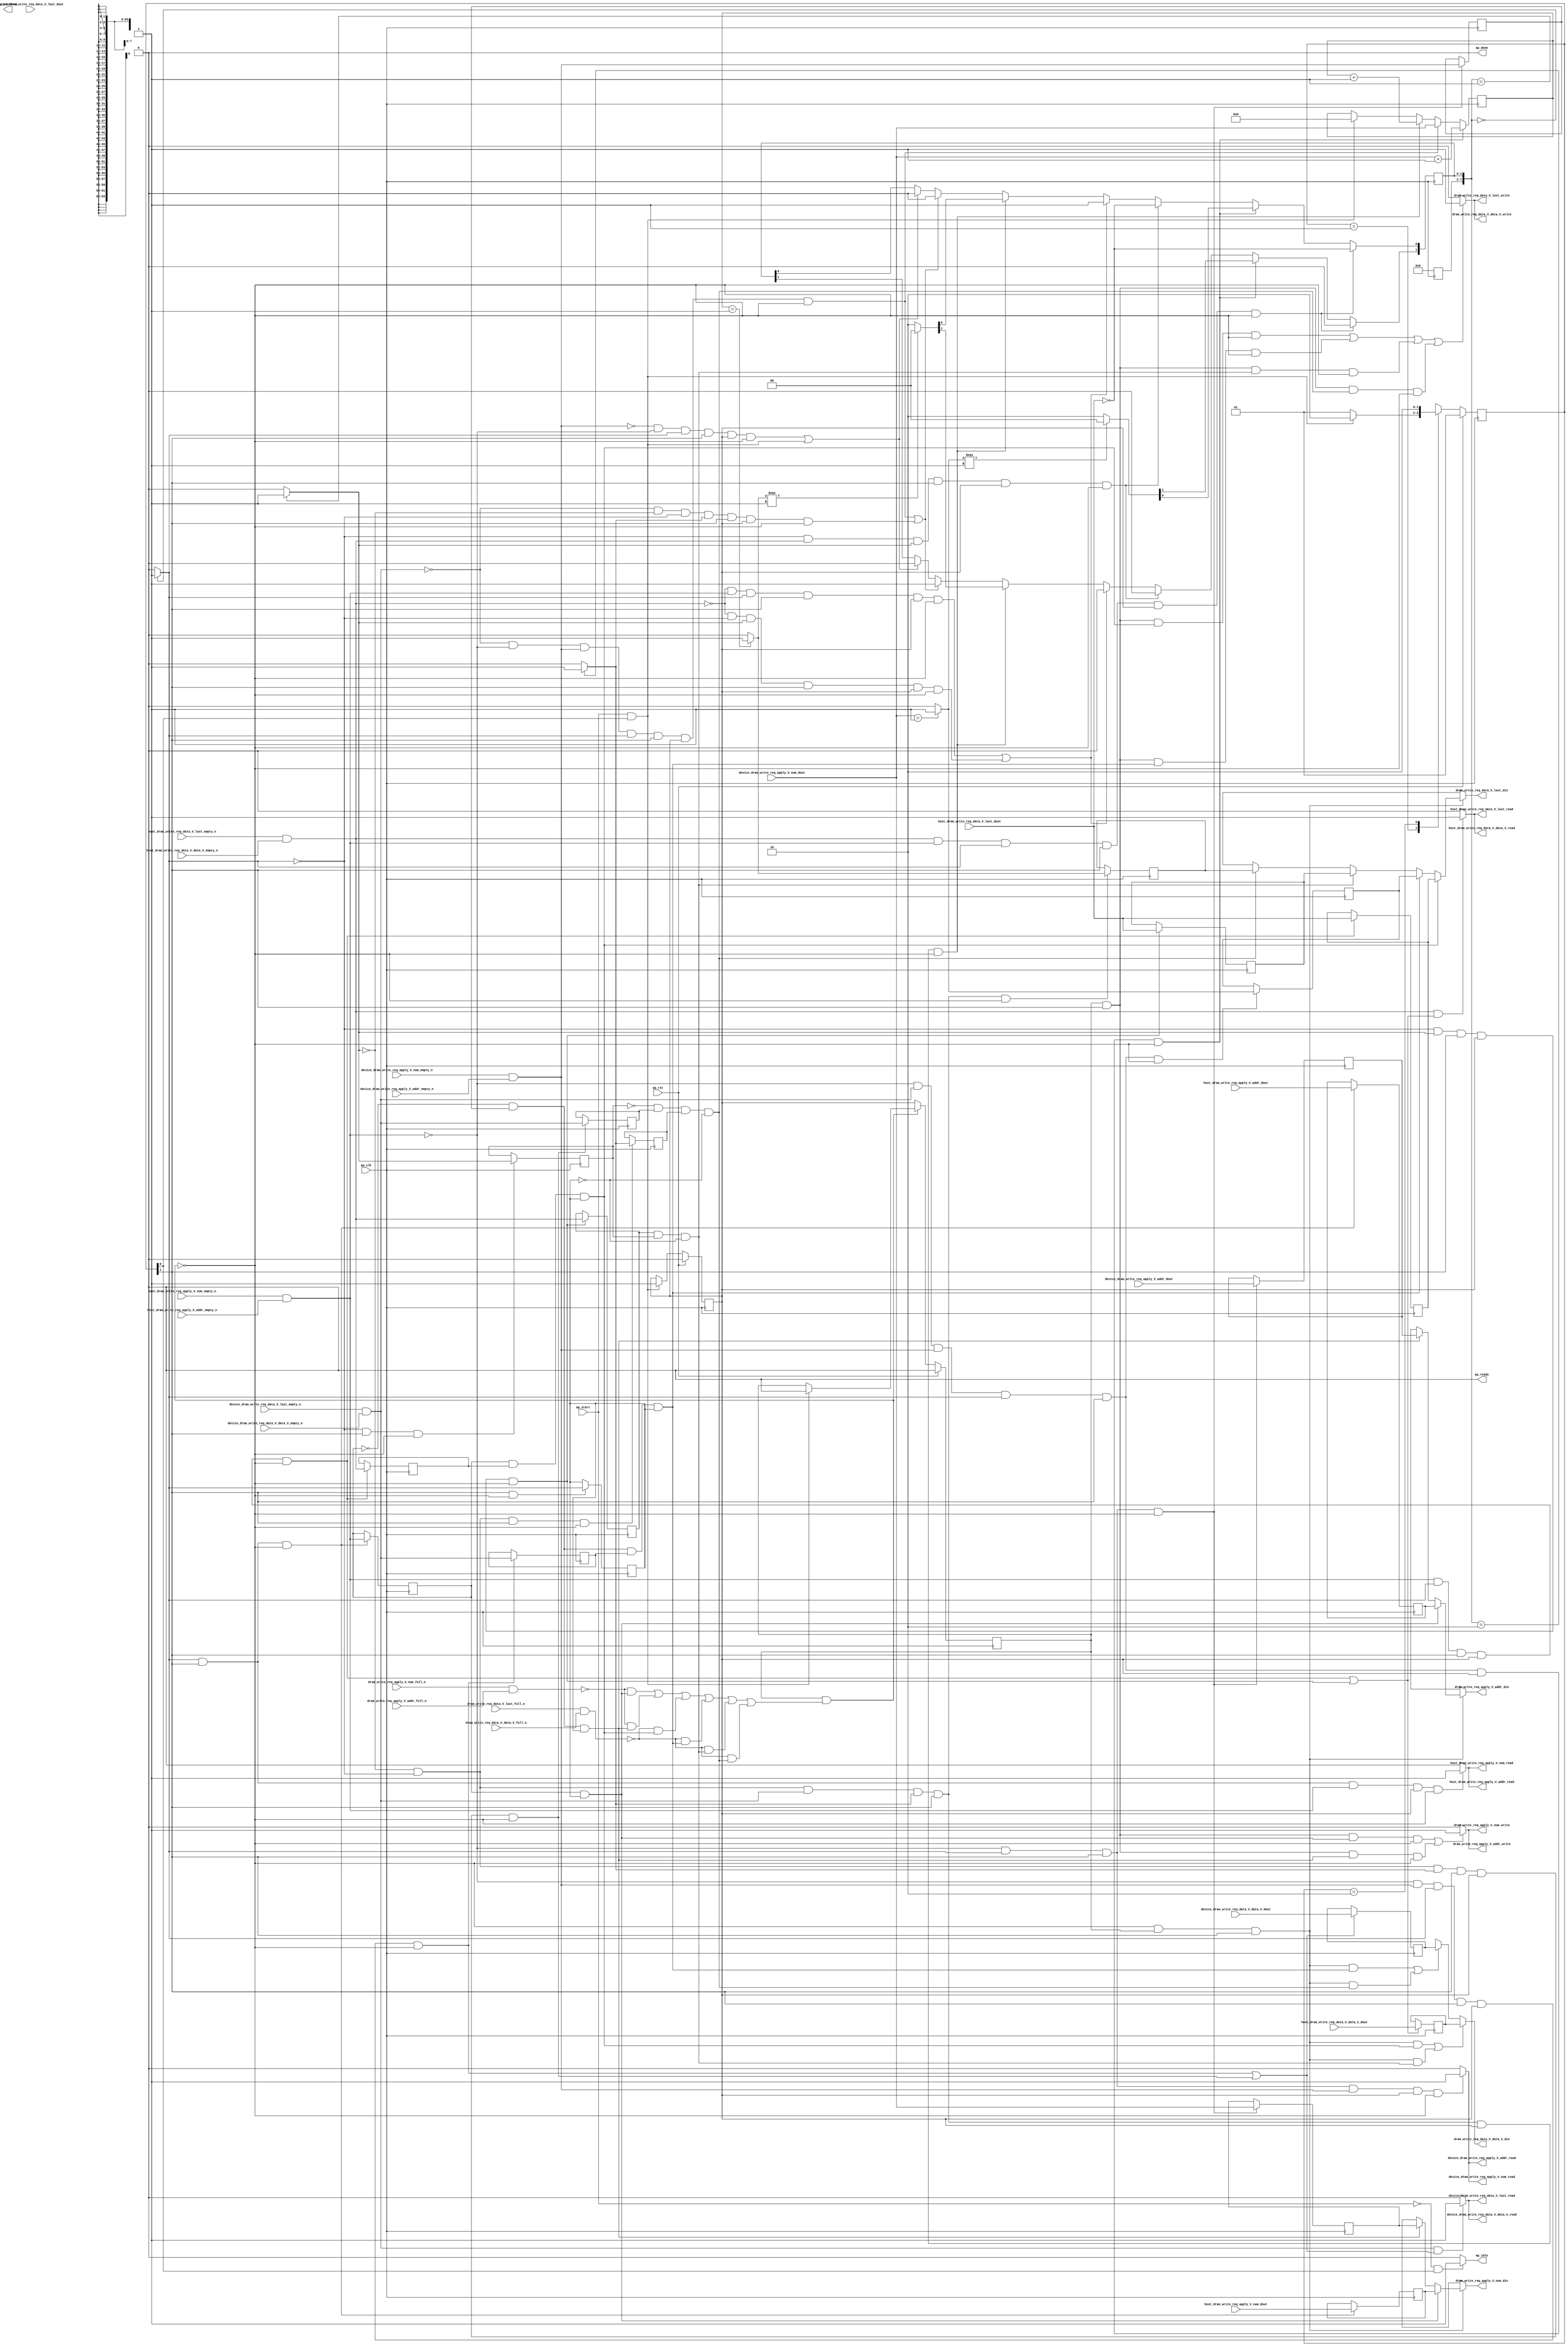
// This program was cloned from: https://github.com/zainryan/INSIDER-System
// License: MIT License

// ==============================================================
// RTL generated by Vivado(TM) HLS - High-Level Synthesis from C, C++ and SystemC
// Version: 2017.4.op
// Copyright (C) 1986-2018 Xilinx, Inc. All Rights Reserved.
// 
// ===========================================================

`timescale 1 ns / 1 ps 

(* CORE_GENERATION_INFO="dram_write_mux,hls_ip_2017_4_op,{HLS_INPUT_TYPE=cxx,HLS_INPUT_FLOAT=0,HLS_INPUT_FIXED=0,HLS_INPUT_PART=xcvu9p-flgb2104-2-i,HLS_INPUT_CLOCK=4.000000,HLS_INPUT_ARCH=others,HLS_SYN_CLOCK=3.143800,HLS_SYN_LAT=-1,HLS_SYN_TPT=none,HLS_SYN_MEM=0,HLS_SYN_DSP=0,HLS_SYN_FF=1195,HLS_SYN_LUT=433}" *)

module dram_write_mux (
        ap_clk,
        ap_rst,
        ap_start,
        ap_done,
ap_continue,
        ap_idle,
        ap_ready,
        dram_write_req_apply_V_num_din,
        dram_write_req_apply_V_num_full_n,
        dram_write_req_apply_V_num_write,
        dram_write_req_apply_V_addr_din,
        dram_write_req_apply_V_addr_full_n,
        dram_write_req_apply_V_addr_write,
        dram_write_req_data_V_last_din,
        dram_write_req_data_V_last_full_n,
        dram_write_req_data_V_last_write,
        dram_write_req_data_V_data_V_din,
        dram_write_req_data_V_data_V_full_n,
        dram_write_req_data_V_data_V_write,
        host_dram_write_req_apply_V_num_dout,
        host_dram_write_req_apply_V_num_empty_n,
        host_dram_write_req_apply_V_num_read,
        host_dram_write_req_apply_V_addr_dout,
        host_dram_write_req_apply_V_addr_empty_n,
        host_dram_write_req_apply_V_addr_read,
        host_dram_write_req_data_V_last_dout,
        host_dram_write_req_data_V_last_empty_n,
        host_dram_write_req_data_V_last_read,
        host_dram_write_req_data_V_data_V_dout,
        host_dram_write_req_data_V_data_V_empty_n,
        host_dram_write_req_data_V_data_V_read,
        device_dram_write_req_apply_V_num_dout,
        device_dram_write_req_apply_V_num_empty_n,
        device_dram_write_req_apply_V_num_read,
        device_dram_write_req_apply_V_addr_dout,
        device_dram_write_req_apply_V_addr_empty_n,
        device_dram_write_req_apply_V_addr_read,
        device_dram_write_req_data_V_last_dout,
        device_dram_write_req_data_V_last_empty_n,
        device_dram_write_req_data_V_last_read,
        device_dram_write_req_data_V_data_V_dout,
        device_dram_write_req_data_V_data_V_empty_n,
        device_dram_write_req_data_V_data_V_read
);

parameter    ap_ST_fsm_state1 = 2'd1;
parameter    ap_ST_fsm_pp0_stage0 = 2'd2;

input   ap_clk;
input   ap_rst;
input   ap_start;
output   ap_done;
output   ap_idle;
output ap_ready; output ap_continue;
output  [7:0] dram_write_req_apply_V_num_din;
input   dram_write_req_apply_V_num_full_n;
output   dram_write_req_apply_V_num_write;
output  [63:0] dram_write_req_apply_V_addr_din;
input   dram_write_req_apply_V_addr_full_n;
output   dram_write_req_apply_V_addr_write;
output   dram_write_req_data_V_last_din;
input   dram_write_req_data_V_last_full_n;
output   dram_write_req_data_V_last_write;
output  [511:0] dram_write_req_data_V_data_V_din;
input   dram_write_req_data_V_data_V_full_n;
output   dram_write_req_data_V_data_V_write;
input  [7:0] host_dram_write_req_apply_V_num_dout;
input   host_dram_write_req_apply_V_num_empty_n;
output   host_dram_write_req_apply_V_num_read;
input  [63:0] host_dram_write_req_apply_V_addr_dout;
input   host_dram_write_req_apply_V_addr_empty_n;
output   host_dram_write_req_apply_V_addr_read;
input   host_dram_write_req_data_V_last_dout;
input   host_dram_write_req_data_V_last_empty_n;
output   host_dram_write_req_data_V_last_read;
input  [511:0] host_dram_write_req_data_V_data_V_dout;
input   host_dram_write_req_data_V_data_V_empty_n;
output   host_dram_write_req_data_V_data_V_read;
input  [7:0] device_dram_write_req_apply_V_num_dout;
input   device_dram_write_req_apply_V_num_empty_n;
output   device_dram_write_req_apply_V_num_read;
input  [63:0] device_dram_write_req_apply_V_addr_dout;
input   device_dram_write_req_apply_V_addr_empty_n;
output   device_dram_write_req_apply_V_addr_read;
input   device_dram_write_req_data_V_last_dout;
input   device_dram_write_req_data_V_last_empty_n;
output   device_dram_write_req_data_V_last_read;
input  [511:0] device_dram_write_req_data_V_data_V_dout;
input   device_dram_write_req_data_V_data_V_empty_n;
output   device_dram_write_req_data_V_data_V_read;

reg ap_idle;
reg[7:0] dram_write_req_apply_V_num_din;
reg[63:0] dram_write_req_apply_V_addr_din;
reg dram_write_req_data_V_last_din;
reg[511:0] dram_write_req_data_V_data_V_din;

(* fsm_encoding = "none" *) reg   [1:0] ap_CS_fsm;
wire    ap_CS_fsm_state1;
reg    dram_write_req_apply_V_num_blk_n;
wire    ap_CS_fsm_pp0_stage0;
reg    ap_enable_reg_pp0_iter1;
wire    ap_block_pp0_stage0;
reg   [0:0] tmp_reg_484;
reg   [0:0] empty_n_6_reg_514;
reg   [0:0] empty_n_8_reg_528;
reg    dram_write_req_apply_V_addr_blk_n;
reg    dram_write_req_data_V_last_blk_n;
reg   [0:0] empty_n_7_reg_551;
reg   [0:0] empty_n_10_reg_542;
reg   [0:0] tmp_6_reg_488;
reg   [0:0] empty_n_9_reg_505;
reg   [0:0] tmp_9_reg_492;
reg   [0:0] empty_n_11_reg_496;
reg    dram_write_req_data_V_data_V_blk_n;
reg   [511:0] reg_317;
reg    ap_enable_reg_pp0_iter0;
wire    ap_block_state2_pp0_stage0_iter0;
wire    dram_write_req_data_V_last1_status;
reg    ap_predicate_op103_write_state3;
reg    ap_predicate_op104_write_state3;
wire    dram_write_req_apply_V_num1_status;
reg    ap_predicate_op105_write_state3;
reg    ap_predicate_op106_write_state3;
reg    ap_predicate_op107_write_state3;
reg    ap_predicate_op108_write_state3;
reg    ap_block_state3_pp0_stage0_iter1;
reg    ap_block_pp0_stage0_11001;
wire   [0:0] tmp_fu_335_p2;
wire   [0:0] tmp_6_fu_341_p2;
wire   [0:0] tmp_9_fu_347_p2;
wire   [0:0] empty_n_6_fu_395_p1;
wire   [0:0] empty_n_8_fu_407_p1;
reg   [511:0] reg_322;
wire   [0:0] grp_fu_281_p1;
wire   [0:0] tmp_last_3_fu_356_p2;
reg   [0:0] tmp_last_3_reg_500;
wire   [0:0] grp_fu_294_p1;
reg   [0:0] tmp_last_1_reg_509;
reg   [7:0] tmp_num_reg_518;
reg   [63:0] tmp_addr_reg_523;
reg   [7:0] tmp_num_3_reg_532;
reg   [63:0] tmp_addr_2_reg_537;
wire   [0:0] tmp_last_2_fu_424_p2;
reg   [0:0] tmp_last_2_reg_546;
reg   [0:0] tmp_last_reg_555;
reg    ap_block_pp0_stage0_subdone;
reg    device_dram_write_req_data_V_last0_update;
wire   [0:0] grp_nbread_fu_224_p3_0;
reg    host_dram_write_req_data_V_last0_update;
wire   [0:0] grp_nbread_fu_232_p3_0;
reg    host_dram_write_req_apply_V_num0_update;
wire   [0:0] empty_n_nbread_fu_240_p3_0;
reg    device_dram_write_req_apply_V_num0_update;
wire   [0:0] empty_n_1_nbread_fu_248_p3_0;
reg    dram_write_req_data_V_last1_update;
reg    ap_block_pp0_stage0_01001;
reg    dram_write_req_apply_V_num1_update;
reg   [7:0] pending_flits_read_assign_1_fu_216;
wire   [7:0] tmp_2_i1_fu_362_p2;
wire   [7:0] tmp_2_i_fu_430_p2;
reg   [7:0] state_fu_220;
wire   [7:0] phitmp_i3_cast_cast_fu_368_p3;
wire   [7:0] phitmp_i1_cast_fu_386_p1;
wire   [7:0] phitmp_i2_cast_cast_fu_436_p3;
wire   [7:0] phitmp_i_cast_fu_454_p1;
wire   [0:0] grp_fu_311_p0;
wire   [0:0] grp_fu_311_p2;
reg   [1:0] ap_NS_fsm;
reg    ap_idle_pp0;
wire    ap_enable_pp0;
reg    ap_condition_275;

// power-on initialization
initial begin
#0 ap_CS_fsm = 2'd1;
#0 ap_enable_reg_pp0_iter1 = 1'b0;
#0 ap_enable_reg_pp0_iter0 = 1'b0;
end

always @ (posedge ap_clk) begin
    if (ap_rst == 1'b1) begin
        ap_CS_fsm <= ap_ST_fsm_state1;
    end else begin
        ap_CS_fsm <= ap_NS_fsm;
    end
end

always @ (posedge ap_clk) begin
    if (ap_rst == 1'b1) begin
        ap_enable_reg_pp0_iter0 <= 1'b0;
    end else begin
        if (((ap_start == 1'b1) & (1'b1 == ap_CS_fsm_state1))) begin
            ap_enable_reg_pp0_iter0 <= 1'b1;
        end
    end
end

always @ (posedge ap_clk) begin
    if (ap_rst == 1'b1) begin
        ap_enable_reg_pp0_iter1 <= 1'b0;
    end else begin
        if ((1'b0 == ap_block_pp0_stage0_subdone)) begin
            ap_enable_reg_pp0_iter1 <= ap_enable_reg_pp0_iter0;
        end else if (((ap_start == 1'b1) & (1'b1 == ap_CS_fsm_state1))) begin
            ap_enable_reg_pp0_iter1 <= 1'b0;
        end
    end
end

always @ (posedge ap_clk) begin
    if (((empty_n_6_fu_395_p1 == 1'd0) & (grp_fu_281_p1 == 1'd1) & (empty_n_8_fu_407_p1 == 1'd1) & (tmp_fu_335_p2 == 1'd1) & (1'b1 == ap_CS_fsm_pp0_stage0) & (ap_enable_reg_pp0_iter0 == 1'b1) & (1'b0 == ap_block_pp0_stage0_11001))) begin
        pending_flits_read_assign_1_fu_216 <= tmp_2_i_fu_430_p2;
    end else if (((grp_fu_281_p1 == 1'd0) & (empty_n_6_fu_395_p1 == 1'd0) & (empty_n_8_fu_407_p1 == 1'd1) & (tmp_fu_335_p2 == 1'd1) & (1'b1 == ap_CS_fsm_pp0_stage0) & (ap_enable_reg_pp0_iter0 == 1'b1) & (1'b0 == ap_block_pp0_stage0_11001))) begin
        pending_flits_read_assign_1_fu_216 <= device_dram_write_req_apply_V_num_dout;
    end else if (((tmp_6_fu_341_p2 == 1'd0) & (tmp_fu_335_p2 == 1'd0) & (grp_fu_281_p1 == 1'd1) & (tmp_9_fu_347_p2 == 1'd1) & (1'b1 == ap_CS_fsm_pp0_stage0) & (ap_enable_reg_pp0_iter0 == 1'b1) & (1'b0 == ap_block_pp0_stage0_11001))) begin
        pending_flits_read_assign_1_fu_216 <= tmp_2_i1_fu_362_p2;
    end else if (((ap_start == 1'b1) & (1'b1 == ap_CS_fsm_state1))) begin
        pending_flits_read_assign_1_fu_216 <= 8'd0;
    end
end

always @ (posedge ap_clk) begin
    if (((grp_fu_294_p1 == 1'd1) & (empty_n_6_fu_395_p1 == 1'd1) & (tmp_fu_335_p2 == 1'd1) & (1'b1 == ap_CS_fsm_pp0_stage0) & (ap_enable_reg_pp0_iter0 == 1'b1) & (1'b0 == ap_block_pp0_stage0_11001))) begin
                state_fu_220[1 : 0] <= phitmp_i_cast_fu_454_p1[1 : 0];
    end else if (((empty_n_6_fu_395_p1 == 1'd0) & (grp_fu_281_p1 == 1'd1) & (empty_n_8_fu_407_p1 == 1'd1) & (tmp_fu_335_p2 == 1'd1) & (1'b1 == ap_CS_fsm_pp0_stage0) & (ap_enable_reg_pp0_iter0 == 1'b1) & (1'b0 == ap_block_pp0_stage0_11001))) begin
                state_fu_220[1 : 0] <= phitmp_i2_cast_cast_fu_436_p3[1 : 0];
    end else if (((tmp_fu_335_p2 == 1'd0) & (grp_fu_294_p1 == 1'd1) & (tmp_6_fu_341_p2 == 1'd1) & (1'b1 == ap_CS_fsm_pp0_stage0) & (ap_enable_reg_pp0_iter0 == 1'b1) & (1'b0 == ap_block_pp0_stage0_11001))) begin
                state_fu_220[1 : 0] <= phitmp_i1_cast_fu_386_p1[1 : 0];
    end else if ((((grp_fu_294_p1 == 1'd0) & (empty_n_6_fu_395_p1 == 1'd1) & (tmp_fu_335_p2 == 1'd1) & (1'b1 == ap_CS_fsm_pp0_stage0) & (ap_enable_reg_pp0_iter0 == 1'b1) & (1'b0 == ap_block_pp0_stage0_11001)) | ((grp_fu_294_p1 == 1'd0) & (tmp_fu_335_p2 == 1'd0) & (tmp_6_fu_341_p2 == 1'd1) & (1'b1 == ap_CS_fsm_pp0_stage0) & (ap_enable_reg_pp0_iter0 == 1'b1) & (1'b0 == ap_block_pp0_stage0_11001)))) begin
                state_fu_220[0] <= 1'b1;
        state_fu_220[1] <= 1'b0;
    end else if (((tmp_6_fu_341_p2 == 1'd0) & (tmp_fu_335_p2 == 1'd0) & (grp_fu_281_p1 == 1'd1) & (tmp_9_fu_347_p2 == 1'd1) & (1'b1 == ap_CS_fsm_pp0_stage0) & (ap_enable_reg_pp0_iter0 == 1'b1) & (1'b0 == ap_block_pp0_stage0_11001))) begin
                state_fu_220[1 : 0] <= phitmp_i3_cast_cast_fu_368_p3[1 : 0];
    end else if ((((grp_fu_281_p1 == 1'd0) & (empty_n_6_fu_395_p1 == 1'd0) & (empty_n_8_fu_407_p1 == 1'd1) & (tmp_fu_335_p2 == 1'd1) & (1'b1 == ap_CS_fsm_pp0_stage0) & (ap_enable_reg_pp0_iter0 == 1'b1) & (1'b0 == ap_block_pp0_stage0_11001)) | ((grp_fu_281_p1 == 1'd0) & (tmp_6_fu_341_p2 == 1'd0) & (tmp_fu_335_p2 == 1'd0) & (tmp_9_fu_347_p2 == 1'd1) & (1'b1 == ap_CS_fsm_pp0_stage0) & (ap_enable_reg_pp0_iter0 == 1'b1) & (1'b0 == ap_block_pp0_stage0_11001)))) begin
                state_fu_220[0] <= 1'b0;
        state_fu_220[1] <= 1'b1;
    end else if ((((empty_n_8_fu_407_p1 == 1'd0) & (empty_n_6_fu_395_p1 == 1'd0) & (tmp_fu_335_p2 == 1'd1) & (1'b1 == ap_CS_fsm_pp0_stage0) & (ap_enable_reg_pp0_iter0 == 1'b1) & (1'b0 == ap_block_pp0_stage0_11001)) | ((ap_start == 1'b1) & (1'b1 == ap_CS_fsm_state1)))) begin
                state_fu_220[0] <= 1'b0;
        state_fu_220[1] <= 1'b0;
    end
end

always @ (posedge ap_clk) begin
    if (((empty_n_6_fu_395_p1 == 1'd0) & (empty_n_8_fu_407_p1 == 1'd1) & (tmp_fu_335_p2 == 1'd1) & (1'b1 == ap_CS_fsm_pp0_stage0) & (ap_enable_reg_pp0_iter0 == 1'b1) & (1'b0 == ap_block_pp0_stage0_11001))) begin
        empty_n_10_reg_542 <= grp_nbread_fu_224_p3_0;
    end
end

always @ (posedge ap_clk) begin
    if (((tmp_6_fu_341_p2 == 1'd0) & (tmp_fu_335_p2 == 1'd0) & (tmp_9_fu_347_p2 == 1'd1) & (1'b1 == ap_CS_fsm_pp0_stage0) & (ap_enable_reg_pp0_iter0 == 1'b1) & (1'b0 == ap_block_pp0_stage0_11001))) begin
        empty_n_11_reg_496 <= grp_nbread_fu_224_p3_0;
    end
end

always @ (posedge ap_clk) begin
    if (((tmp_fu_335_p2 == 1'd1) & (1'b1 == ap_CS_fsm_pp0_stage0) & (1'b0 == ap_block_pp0_stage0_11001))) begin
        empty_n_6_reg_514 <= empty_n_nbread_fu_240_p3_0;
        tmp_addr_reg_523 <= host_dram_write_req_apply_V_addr_dout;
        tmp_num_reg_518 <= host_dram_write_req_apply_V_num_dout;
    end
end

always @ (posedge ap_clk) begin
    if (((empty_n_6_fu_395_p1 == 1'd1) & (tmp_fu_335_p2 == 1'd1) & (1'b1 == ap_CS_fsm_pp0_stage0) & (ap_enable_reg_pp0_iter0 == 1'b1) & (1'b0 == ap_block_pp0_stage0_11001))) begin
        empty_n_7_reg_551 <= grp_nbread_fu_232_p3_0;
        tmp_last_reg_555 <= host_dram_write_req_data_V_last_dout;
    end
end

always @ (posedge ap_clk) begin
    if (((empty_n_6_fu_395_p1 == 1'd0) & (tmp_fu_335_p2 == 1'd1) & (1'b1 == ap_CS_fsm_pp0_stage0) & (1'b0 == ap_block_pp0_stage0_11001))) begin
        empty_n_8_reg_528 <= empty_n_1_nbread_fu_248_p3_0;
        tmp_addr_2_reg_537 <= device_dram_write_req_apply_V_addr_dout;
        tmp_num_3_reg_532 <= device_dram_write_req_apply_V_num_dout;
    end
end

always @ (posedge ap_clk) begin
    if (((tmp_fu_335_p2 == 1'd0) & (tmp_6_fu_341_p2 == 1'd1) & (1'b1 == ap_CS_fsm_pp0_stage0) & (ap_enable_reg_pp0_iter0 == 1'b1) & (1'b0 == ap_block_pp0_stage0_11001))) begin
        empty_n_9_reg_505 <= grp_nbread_fu_232_p3_0;
        tmp_last_1_reg_509 <= host_dram_write_req_data_V_last_dout;
    end
end

always @ (posedge ap_clk) begin
    if ((((empty_n_6_fu_395_p1 == 1'd0) & (empty_n_8_fu_407_p1 == 1'd1) & (tmp_fu_335_p2 == 1'd1) & (1'b1 == ap_CS_fsm_pp0_stage0) & (ap_enable_reg_pp0_iter0 == 1'b1) & (1'b0 == ap_block_pp0_stage0_11001)) | ((tmp_6_fu_341_p2 == 1'd0) & (tmp_fu_335_p2 == 1'd0) & (tmp_9_fu_347_p2 == 1'd1) & (1'b1 == ap_CS_fsm_pp0_stage0) & (ap_enable_reg_pp0_iter0 == 1'b1) & (1'b0 == ap_block_pp0_stage0_11001)))) begin
        reg_317 <= device_dram_write_req_data_V_data_V_dout;
    end
end

always @ (posedge ap_clk) begin
    if ((((empty_n_6_fu_395_p1 == 1'd1) & (tmp_fu_335_p2 == 1'd1) & (1'b1 == ap_CS_fsm_pp0_stage0) & (ap_enable_reg_pp0_iter0 == 1'b1) & (1'b0 == ap_block_pp0_stage0_11001)) | ((tmp_fu_335_p2 == 1'd0) & (tmp_6_fu_341_p2 == 1'd1) & (1'b1 == ap_CS_fsm_pp0_stage0) & (ap_enable_reg_pp0_iter0 == 1'b1) & (1'b0 == ap_block_pp0_stage0_11001)))) begin
        reg_322 <= host_dram_write_req_data_V_data_V_dout;
    end
end

always @ (posedge ap_clk) begin
    if (((tmp_fu_335_p2 == 1'd0) & (1'b1 == ap_CS_fsm_pp0_stage0) & (1'b0 == ap_block_pp0_stage0_11001))) begin
        tmp_6_reg_488 <= tmp_6_fu_341_p2;
    end
end

always @ (posedge ap_clk) begin
    if (((tmp_6_fu_341_p2 == 1'd0) & (tmp_fu_335_p2 == 1'd0) & (1'b1 == ap_CS_fsm_pp0_stage0) & (1'b0 == ap_block_pp0_stage0_11001))) begin
        tmp_9_reg_492 <= tmp_9_fu_347_p2;
    end
end

always @ (posedge ap_clk) begin
    if (((empty_n_6_fu_395_p1 == 1'd0) & (grp_fu_281_p1 == 1'd1) & (empty_n_8_fu_407_p1 == 1'd1) & (tmp_fu_335_p2 == 1'd1) & (1'b1 == ap_CS_fsm_pp0_stage0) & (1'b0 == ap_block_pp0_stage0_11001))) begin
        tmp_last_2_reg_546 <= tmp_last_2_fu_424_p2;
    end
end

always @ (posedge ap_clk) begin
    if (((tmp_6_fu_341_p2 == 1'd0) & (tmp_fu_335_p2 == 1'd0) & (grp_fu_281_p1 == 1'd1) & (tmp_9_fu_347_p2 == 1'd1) & (1'b1 == ap_CS_fsm_pp0_stage0) & (1'b0 == ap_block_pp0_stage0_11001))) begin
        tmp_last_3_reg_500 <= tmp_last_3_fu_356_p2;
    end
end

always @ (posedge ap_clk) begin
    if (((1'b1 == ap_CS_fsm_pp0_stage0) & (1'b0 == ap_block_pp0_stage0_11001))) begin
        tmp_reg_484 <= tmp_fu_335_p2;
    end
end

always @ (*) begin
    if (((ap_start == 1'b0) & (1'b1 == ap_CS_fsm_state1))) begin
        ap_idle = 1'b1;
    end else begin
        ap_idle = 1'b0;
    end
end

always @ (*) begin
    if (((ap_enable_reg_pp0_iter1 == 1'b0) & (ap_enable_reg_pp0_iter0 == 1'b0))) begin
        ap_idle_pp0 = 1'b1;
    end else begin
        ap_idle_pp0 = 1'b0;
    end
end

always @ (*) begin
    if (((empty_n_6_fu_395_p1 == 1'd0) & (tmp_fu_335_p2 == 1'd1) & (1'b1 == ap_CS_fsm_pp0_stage0) & ((device_dram_write_req_apply_V_num_empty_n & device_dram_write_req_apply_V_addr_empty_n) == 1'b1) & (ap_enable_reg_pp0_iter0 == 1'b1) & (1'b0 == ap_block_pp0_stage0_11001))) begin
        device_dram_write_req_apply_V_num0_update = 1'b1;
    end else begin
        device_dram_write_req_apply_V_num0_update = 1'b0;
    end
end

always @ (*) begin
    if ((((device_dram_write_req_data_V_last_empty_n & device_dram_write_req_data_V_data_V_empty_n) == 1'b1) & (((empty_n_6_fu_395_p1 == 1'd0) & (empty_n_8_fu_407_p1 == 1'd1) & (tmp_fu_335_p2 == 1'd1) & (1'b1 == ap_CS_fsm_pp0_stage0) & (ap_enable_reg_pp0_iter0 == 1'b1) & (1'b0 == ap_block_pp0_stage0_11001)) | ((tmp_6_fu_341_p2 == 1'd0) & (tmp_fu_335_p2 == 1'd0) & (tmp_9_fu_347_p2 == 1'd1) & (1'b1 == ap_CS_fsm_pp0_stage0) & (ap_enable_reg_pp0_iter0 == 1'b1) & (1'b0 == ap_block_pp0_stage0_11001))))) begin
        device_dram_write_req_data_V_last0_update = 1'b1;
    end else begin
        device_dram_write_req_data_V_last0_update = 1'b0;
    end
end

always @ (*) begin
    if ((((empty_n_6_reg_514 == 1'd0) & (empty_n_8_reg_528 == 1'd1) & (tmp_reg_484 == 1'd1) & (1'b0 == ap_block_pp0_stage0) & (ap_enable_reg_pp0_iter1 == 1'b1) & (1'b1 == ap_CS_fsm_pp0_stage0)) | ((empty_n_6_reg_514 == 1'd1) & (tmp_reg_484 == 1'd1) & (1'b0 == ap_block_pp0_stage0) & (ap_enable_reg_pp0_iter1 == 1'b1) & (1'b1 == ap_CS_fsm_pp0_stage0)))) begin
        dram_write_req_apply_V_addr_blk_n = dram_write_req_apply_V_addr_full_n;
    end else begin
        dram_write_req_apply_V_addr_blk_n = 1'b1;
    end
end

always @ (*) begin
    if ((1'b1 == ap_condition_275)) begin
        if ((ap_predicate_op107_write_state3 == 1'b1)) begin
            dram_write_req_apply_V_addr_din = tmp_addr_reg_523;
        end else if ((ap_predicate_op105_write_state3 == 1'b1)) begin
            dram_write_req_apply_V_addr_din = tmp_addr_2_reg_537;
        end else begin
            dram_write_req_apply_V_addr_din = 'bx;
        end
    end else begin
        dram_write_req_apply_V_addr_din = 'bx;
    end
end

always @ (*) begin
    if ((((ap_enable_reg_pp0_iter1 == 1'b1) & (1'b1 == ap_CS_fsm_pp0_stage0) & (ap_predicate_op107_write_state3 == 1'b1) & (1'b0 == ap_block_pp0_stage0_11001)) | ((ap_enable_reg_pp0_iter1 == 1'b1) & (1'b1 == ap_CS_fsm_pp0_stage0) & (ap_predicate_op105_write_state3 == 1'b1) & (1'b0 == ap_block_pp0_stage0_11001)))) begin
        dram_write_req_apply_V_num1_update = 1'b1;
    end else begin
        dram_write_req_apply_V_num1_update = 1'b0;
    end
end

always @ (*) begin
    if ((((empty_n_6_reg_514 == 1'd0) & (empty_n_8_reg_528 == 1'd1) & (tmp_reg_484 == 1'd1) & (1'b0 == ap_block_pp0_stage0) & (ap_enable_reg_pp0_iter1 == 1'b1) & (1'b1 == ap_CS_fsm_pp0_stage0)) | ((empty_n_6_reg_514 == 1'd1) & (tmp_reg_484 == 1'd1) & (1'b0 == ap_block_pp0_stage0) & (ap_enable_reg_pp0_iter1 == 1'b1) & (1'b1 == ap_CS_fsm_pp0_stage0)))) begin
        dram_write_req_apply_V_num_blk_n = dram_write_req_apply_V_num_full_n;
    end else begin
        dram_write_req_apply_V_num_blk_n = 1'b1;
    end
end

always @ (*) begin
    if ((1'b1 == ap_condition_275)) begin
        if ((ap_predicate_op107_write_state3 == 1'b1)) begin
            dram_write_req_apply_V_num_din = tmp_num_reg_518;
        end else if ((ap_predicate_op105_write_state3 == 1'b1)) begin
            dram_write_req_apply_V_num_din = tmp_num_3_reg_532;
        end else begin
            dram_write_req_apply_V_num_din = 'bx;
        end
    end else begin
        dram_write_req_apply_V_num_din = 'bx;
    end
end

always @ (*) begin
    if ((((empty_n_6_reg_514 == 1'd0) & (empty_n_8_reg_528 == 1'd1) & (empty_n_10_reg_542 == 1'd1) & (tmp_reg_484 == 1'd1) & (1'b0 == ap_block_pp0_stage0) & (ap_enable_reg_pp0_iter1 == 1'b1) & (1'b1 == ap_CS_fsm_pp0_stage0)) | ((empty_n_6_reg_514 == 1'd1) & (empty_n_7_reg_551 == 1'd1) & (tmp_reg_484 == 1'd1) & (1'b0 == ap_block_pp0_stage0) & (ap_enable_reg_pp0_iter1 == 1'b1) & (1'b1 == ap_CS_fsm_pp0_stage0)) | ((tmp_6_reg_488 == 1'd0) & (empty_n_11_reg_496 == 1'd1) & (tmp_9_reg_492 == 1'd1) & (tmp_reg_484 == 1'd0) & (1'b0 == ap_block_pp0_stage0) & (ap_enable_reg_pp0_iter1 == 1'b1) & (1'b1 == ap_CS_fsm_pp0_stage0)) | ((empty_n_9_reg_505 == 1'd1) & (tmp_6_reg_488 == 1'd1) & (tmp_reg_484 == 1'd0) & (1'b0 == ap_block_pp0_stage0) & (ap_enable_reg_pp0_iter1 == 1'b1) & (1'b1 == ap_CS_fsm_pp0_stage0)))) begin
        dram_write_req_data_V_data_V_blk_n = dram_write_req_data_V_data_V_full_n;
    end else begin
        dram_write_req_data_V_data_V_blk_n = 1'b1;
    end
end

always @ (*) begin
    if ((((1'b0 == ap_block_pp0_stage0_01001) & (ap_enable_reg_pp0_iter1 == 1'b1) & (1'b1 == ap_CS_fsm_pp0_stage0) & (ap_predicate_op108_write_state3 == 1'b1)) | ((1'b0 == ap_block_pp0_stage0_01001) & (ap_enable_reg_pp0_iter1 == 1'b1) & (1'b1 == ap_CS_fsm_pp0_stage0) & (ap_predicate_op104_write_state3 == 1'b1)))) begin
        dram_write_req_data_V_data_V_din = reg_322;
    end else if ((((1'b0 == ap_block_pp0_stage0_01001) & (ap_enable_reg_pp0_iter1 == 1'b1) & (1'b1 == ap_CS_fsm_pp0_stage0) & (ap_predicate_op106_write_state3 == 1'b1)) | ((1'b0 == ap_block_pp0_stage0_01001) & (ap_enable_reg_pp0_iter1 == 1'b1) & (1'b1 == ap_CS_fsm_pp0_stage0) & (ap_predicate_op103_write_state3 == 1'b1)))) begin
        dram_write_req_data_V_data_V_din = reg_317;
    end else begin
        dram_write_req_data_V_data_V_din = 'bx;
    end
end

always @ (*) begin
    if ((((ap_enable_reg_pp0_iter1 == 1'b1) & (1'b1 == ap_CS_fsm_pp0_stage0) & (ap_predicate_op108_write_state3 == 1'b1) & (1'b0 == ap_block_pp0_stage0_11001)) | ((ap_enable_reg_pp0_iter1 == 1'b1) & (1'b1 == ap_CS_fsm_pp0_stage0) & (ap_predicate_op106_write_state3 == 1'b1) & (1'b0 == ap_block_pp0_stage0_11001)) | ((ap_enable_reg_pp0_iter1 == 1'b1) & (1'b1 == ap_CS_fsm_pp0_stage0) & (ap_predicate_op104_write_state3 == 1'b1) & (1'b0 == ap_block_pp0_stage0_11001)) | ((ap_enable_reg_pp0_iter1 == 1'b1) & (1'b1 == ap_CS_fsm_pp0_stage0) & (ap_predicate_op103_write_state3 == 1'b1) & (1'b0 == ap_block_pp0_stage0_11001)))) begin
        dram_write_req_data_V_last1_update = 1'b1;
    end else begin
        dram_write_req_data_V_last1_update = 1'b0;
    end
end

always @ (*) begin
    if ((((empty_n_6_reg_514 == 1'd0) & (empty_n_8_reg_528 == 1'd1) & (empty_n_10_reg_542 == 1'd1) & (tmp_reg_484 == 1'd1) & (1'b0 == ap_block_pp0_stage0) & (ap_enable_reg_pp0_iter1 == 1'b1) & (1'b1 == ap_CS_fsm_pp0_stage0)) | ((empty_n_6_reg_514 == 1'd1) & (empty_n_7_reg_551 == 1'd1) & (tmp_reg_484 == 1'd1) & (1'b0 == ap_block_pp0_stage0) & (ap_enable_reg_pp0_iter1 == 1'b1) & (1'b1 == ap_CS_fsm_pp0_stage0)) | ((tmp_6_reg_488 == 1'd0) & (empty_n_11_reg_496 == 1'd1) & (tmp_9_reg_492 == 1'd1) & (tmp_reg_484 == 1'd0) & (1'b0 == ap_block_pp0_stage0) & (ap_enable_reg_pp0_iter1 == 1'b1) & (1'b1 == ap_CS_fsm_pp0_stage0)) | ((empty_n_9_reg_505 == 1'd1) & (tmp_6_reg_488 == 1'd1) & (tmp_reg_484 == 1'd0) & (1'b0 == ap_block_pp0_stage0) & (ap_enable_reg_pp0_iter1 == 1'b1) & (1'b1 == ap_CS_fsm_pp0_stage0)))) begin
        dram_write_req_data_V_last_blk_n = dram_write_req_data_V_last_full_n;
    end else begin
        dram_write_req_data_V_last_blk_n = 1'b1;
    end
end

always @ (*) begin
    if ((1'b1 == ap_condition_275)) begin
        if ((ap_predicate_op108_write_state3 == 1'b1)) begin
            dram_write_req_data_V_last_din = tmp_last_reg_555;
        end else if ((ap_predicate_op106_write_state3 == 1'b1)) begin
            dram_write_req_data_V_last_din = tmp_last_2_reg_546;
        end else if ((ap_predicate_op104_write_state3 == 1'b1)) begin
            dram_write_req_data_V_last_din = tmp_last_1_reg_509;
        end else if ((ap_predicate_op103_write_state3 == 1'b1)) begin
            dram_write_req_data_V_last_din = tmp_last_3_reg_500;
        end else begin
            dram_write_req_data_V_last_din = 'bx;
        end
    end else begin
        dram_write_req_data_V_last_din = 'bx;
    end
end

always @ (*) begin
    if (((tmp_fu_335_p2 == 1'd1) & (1'b1 == ap_CS_fsm_pp0_stage0) & ((host_dram_write_req_apply_V_num_empty_n & host_dram_write_req_apply_V_addr_empty_n) == 1'b1) & (ap_enable_reg_pp0_iter0 == 1'b1) & (1'b0 == ap_block_pp0_stage0_11001))) begin
        host_dram_write_req_apply_V_num0_update = 1'b1;
    end else begin
        host_dram_write_req_apply_V_num0_update = 1'b0;
    end
end

always @ (*) begin
    if ((((host_dram_write_req_data_V_last_empty_n & host_dram_write_req_data_V_data_V_empty_n) == 1'b1) & (((empty_n_6_fu_395_p1 == 1'd1) & (tmp_fu_335_p2 == 1'd1) & (1'b1 == ap_CS_fsm_pp0_stage0) & (ap_enable_reg_pp0_iter0 == 1'b1) & (1'b0 == ap_block_pp0_stage0_11001)) | ((tmp_fu_335_p2 == 1'd0) & (tmp_6_fu_341_p2 == 1'd1) & (1'b1 == ap_CS_fsm_pp0_stage0) & (ap_enable_reg_pp0_iter0 == 1'b1) & (1'b0 == ap_block_pp0_stage0_11001))))) begin
        host_dram_write_req_data_V_last0_update = 1'b1;
    end else begin
        host_dram_write_req_data_V_last0_update = 1'b0;
    end
end

always @ (*) begin
    case (ap_CS_fsm)
        ap_ST_fsm_state1 : begin
            if (((ap_start == 1'b1) & (1'b1 == ap_CS_fsm_state1))) begin
                ap_NS_fsm = ap_ST_fsm_pp0_stage0;
            end else begin
                ap_NS_fsm = ap_ST_fsm_state1;
            end
        end
        ap_ST_fsm_pp0_stage0 : begin
            ap_NS_fsm = ap_ST_fsm_pp0_stage0;
        end
        default : begin
            ap_NS_fsm = 'bx;
        end
    endcase
end

assign ap_CS_fsm_pp0_stage0 = ap_CS_fsm[32'd1];

assign ap_CS_fsm_state1 = ap_CS_fsm[32'd0];

assign ap_block_pp0_stage0 = ~(1'b1 == 1'b1);

always @ (*) begin
    ap_block_pp0_stage0_01001 = ((ap_enable_reg_pp0_iter1 == 1'b1) & (((dram_write_req_apply_V_num1_status == 1'b0) & (ap_predicate_op107_write_state3 == 1'b1)) | ((dram_write_req_apply_V_num1_status == 1'b0) & (ap_predicate_op105_write_state3 == 1'b1)) | ((dram_write_req_data_V_last1_status == 1'b0) & (ap_predicate_op108_write_state3 == 1'b1)) | ((dram_write_req_data_V_last1_status == 1'b0) & (ap_predicate_op106_write_state3 == 1'b1)) | ((dram_write_req_data_V_last1_status == 1'b0) & (ap_predicate_op104_write_state3 == 1'b1)) | ((dram_write_req_data_V_last1_status == 1'b0) & (ap_predicate_op103_write_state3 == 1'b1))));
end

always @ (*) begin
    ap_block_pp0_stage0_11001 = ((ap_enable_reg_pp0_iter1 == 1'b1) & (((dram_write_req_apply_V_num1_status == 1'b0) & (ap_predicate_op107_write_state3 == 1'b1)) | ((dram_write_req_apply_V_num1_status == 1'b0) & (ap_predicate_op105_write_state3 == 1'b1)) | ((dram_write_req_data_V_last1_status == 1'b0) & (ap_predicate_op108_write_state3 == 1'b1)) | ((dram_write_req_data_V_last1_status == 1'b0) & (ap_predicate_op106_write_state3 == 1'b1)) | ((dram_write_req_data_V_last1_status == 1'b0) & (ap_predicate_op104_write_state3 == 1'b1)) | ((dram_write_req_data_V_last1_status == 1'b0) & (ap_predicate_op103_write_state3 == 1'b1))));
end

always @ (*) begin
    ap_block_pp0_stage0_subdone = ((ap_enable_reg_pp0_iter1 == 1'b1) & (((dram_write_req_apply_V_num1_status == 1'b0) & (ap_predicate_op107_write_state3 == 1'b1)) | ((dram_write_req_apply_V_num1_status == 1'b0) & (ap_predicate_op105_write_state3 == 1'b1)) | ((dram_write_req_data_V_last1_status == 1'b0) & (ap_predicate_op108_write_state3 == 1'b1)) | ((dram_write_req_data_V_last1_status == 1'b0) & (ap_predicate_op106_write_state3 == 1'b1)) | ((dram_write_req_data_V_last1_status == 1'b0) & (ap_predicate_op104_write_state3 == 1'b1)) | ((dram_write_req_data_V_last1_status == 1'b0) & (ap_predicate_op103_write_state3 == 1'b1))));
end

assign ap_block_state2_pp0_stage0_iter0 = ~(1'b1 == 1'b1);

always @ (*) begin
    ap_block_state3_pp0_stage0_iter1 = (((dram_write_req_apply_V_num1_status == 1'b0) & (ap_predicate_op107_write_state3 == 1'b1)) | ((dram_write_req_apply_V_num1_status == 1'b0) & (ap_predicate_op105_write_state3 == 1'b1)) | ((dram_write_req_data_V_last1_status == 1'b0) & (ap_predicate_op108_write_state3 == 1'b1)) | ((dram_write_req_data_V_last1_status == 1'b0) & (ap_predicate_op106_write_state3 == 1'b1)) | ((dram_write_req_data_V_last1_status == 1'b0) & (ap_predicate_op104_write_state3 == 1'b1)) | ((dram_write_req_data_V_last1_status == 1'b0) & (ap_predicate_op103_write_state3 == 1'b1)));
end

always @ (*) begin
    ap_condition_275 = ((1'b0 == ap_block_pp0_stage0_01001) & (ap_enable_reg_pp0_iter1 == 1'b1) & (1'b1 == ap_CS_fsm_pp0_stage0));
end

assign ap_done = 1'b0;

assign ap_enable_pp0 = (ap_idle_pp0 ^ 1'b1);

always @ (*) begin
    ap_predicate_op103_write_state3 = ((tmp_6_reg_488 == 1'd0) & (empty_n_11_reg_496 == 1'd1) & (tmp_9_reg_492 == 1'd1) & (tmp_reg_484 == 1'd0));
end

always @ (*) begin
    ap_predicate_op104_write_state3 = ((empty_n_9_reg_505 == 1'd1) & (tmp_6_reg_488 == 1'd1) & (tmp_reg_484 == 1'd0));
end

always @ (*) begin
    ap_predicate_op105_write_state3 = ((empty_n_6_reg_514 == 1'd0) & (empty_n_8_reg_528 == 1'd1) & (tmp_reg_484 == 1'd1));
end

always @ (*) begin
    ap_predicate_op106_write_state3 = ((empty_n_6_reg_514 == 1'd0) & (empty_n_8_reg_528 == 1'd1) & (empty_n_10_reg_542 == 1'd1) & (tmp_reg_484 == 1'd1));
end

always @ (*) begin
    ap_predicate_op107_write_state3 = ((empty_n_6_reg_514 == 1'd1) & (tmp_reg_484 == 1'd1));
end

always @ (*) begin
    ap_predicate_op108_write_state3 = ((empty_n_6_reg_514 == 1'd1) & (empty_n_7_reg_551 == 1'd1) & (tmp_reg_484 == 1'd1));
end

assign ap_ready = 1'b0;

assign device_dram_write_req_apply_V_addr_read = device_dram_write_req_apply_V_num0_update;

assign device_dram_write_req_apply_V_num_read = device_dram_write_req_apply_V_num0_update;

assign device_dram_write_req_data_V_data_V_read = device_dram_write_req_data_V_last0_update;

assign device_dram_write_req_data_V_last_read = device_dram_write_req_data_V_last0_update;

assign dram_write_req_apply_V_addr_write = dram_write_req_apply_V_num1_update;

assign dram_write_req_apply_V_num1_status = (dram_write_req_apply_V_num_full_n & dram_write_req_apply_V_addr_full_n);

assign dram_write_req_apply_V_num_write = dram_write_req_apply_V_num1_update;

assign dram_write_req_data_V_data_V_write = dram_write_req_data_V_last1_update;

assign dram_write_req_data_V_last1_status = (dram_write_req_data_V_last_full_n & dram_write_req_data_V_data_V_full_n);

assign dram_write_req_data_V_last_write = dram_write_req_data_V_last1_update;

assign empty_n_1_nbread_fu_248_p3_0 = (device_dram_write_req_apply_V_num_empty_n & device_dram_write_req_apply_V_addr_empty_n);

assign empty_n_6_fu_395_p1 = empty_n_nbread_fu_240_p3_0;

assign empty_n_8_fu_407_p1 = empty_n_1_nbread_fu_248_p3_0;

assign empty_n_nbread_fu_240_p3_0 = (host_dram_write_req_apply_V_num_empty_n & host_dram_write_req_apply_V_addr_empty_n);

assign grp_fu_281_p1 = grp_nbread_fu_224_p3_0;

assign grp_fu_294_p1 = grp_nbread_fu_232_p3_0;

assign grp_fu_311_p0 = host_dram_write_req_data_V_last_dout;

assign grp_fu_311_p2 = (grp_fu_311_p0 ^ 1'd1);

assign grp_nbread_fu_224_p3_0 = (device_dram_write_req_data_V_last_empty_n & device_dram_write_req_data_V_data_V_empty_n);

assign grp_nbread_fu_232_p3_0 = (host_dram_write_req_data_V_last_empty_n & host_dram_write_req_data_V_data_V_empty_n);

assign host_dram_write_req_apply_V_addr_read = host_dram_write_req_apply_V_num0_update;

assign host_dram_write_req_apply_V_num_read = host_dram_write_req_apply_V_num0_update;

assign host_dram_write_req_data_V_data_V_read = host_dram_write_req_data_V_last0_update;

assign host_dram_write_req_data_V_last_read = host_dram_write_req_data_V_last0_update;

assign phitmp_i1_cast_fu_386_p1 = grp_fu_311_p2;

assign phitmp_i2_cast_cast_fu_436_p3 = ((tmp_last_2_fu_424_p2[0:0] === 1'b1) ? 8'd0 : 8'd2);

assign phitmp_i3_cast_cast_fu_368_p3 = ((tmp_last_3_fu_356_p2[0:0] === 1'b1) ? 8'd0 : 8'd2);

assign phitmp_i_cast_fu_454_p1 = grp_fu_311_p2;

assign tmp_2_i1_fu_362_p2 = ($signed(pending_flits_read_assign_1_fu_216) + $signed(8'd255));

assign tmp_2_i_fu_430_p2 = ($signed(device_dram_write_req_apply_V_num_dout) + $signed(8'd255));

assign tmp_6_fu_341_p2 = ((state_fu_220 == 8'd1) ? 1'b1 : 1'b0);

assign tmp_9_fu_347_p2 = ((state_fu_220 == 8'd2) ? 1'b1 : 1'b0);

assign tmp_fu_335_p2 = ((state_fu_220 == 8'd0) ? 1'b1 : 1'b0);

assign tmp_last_2_fu_424_p2 = ((device_dram_write_req_apply_V_num_dout == 8'd1) ? 1'b1 : 1'b0);

assign tmp_last_3_fu_356_p2 = ((pending_flits_read_assign_1_fu_216 == 8'd1) ? 1'b1 : 1'b0);

always @ (posedge ap_clk) begin
    state_fu_220[7:2] <= 6'b000000;
end

endmodule //dram_write_mux